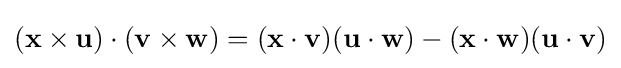
(\mathbf {x} \times \mathbf {u} )\cdot (\mathbf {v} \times \mathbf {w} )=(\mathbf {x} \cdot \mathbf {v} )(\mathbf {u} \cdot \mathbf {w} )-(\mathbf {x} \cdot \mathbf {w} )(\mathbf {u} \cdot \mathbf {v} )